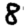
Digit: 8